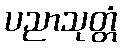
ပညာသုတ္တံ